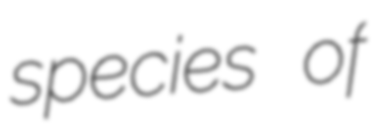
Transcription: species of